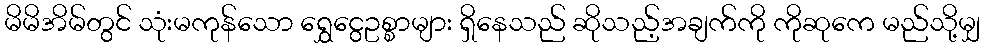
မိမိအိမ်တွင် သုံးမကုန်သော ရွှေငွေဥစ္စာများ ရှိနေသည် ဆိုသည့်အချက်ကို ကိုဆုကေ မည်သို့မျှ